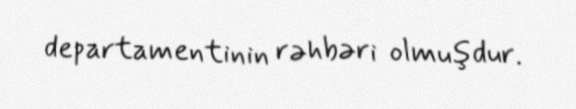
departamentinin rəhbəri olmuşdur.